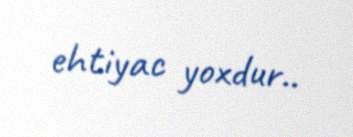
ehtiyac yoxdur..